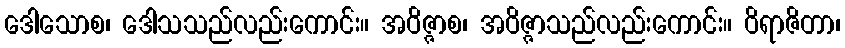
ဒေါသောစ၊ ဒေါသသည်လည်းကောင်း။ အဝိဇ္ဇာစ၊ အဝိဇ္ဇာသည်လည်းကောင်း။ ဝိရာဇိတာ၊